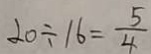
2 0 \div 1 6 = \frac { 5 } { 4 }